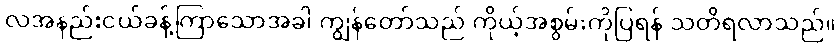
လအနည်းငယ်ခန့်ကြာသောအခါ ကျွန်တော်သည် ကိုယ့်အစွမ်းကိုပြရန် သတိရလာသည်။